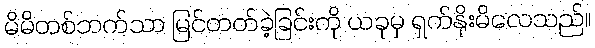
မိမိတစ်ဘက်သာ မြင်တတ်ခဲ့ခြင်းကို ယခုမှ ရှက်နိုးမိလေသည်။